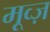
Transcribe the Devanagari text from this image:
मूव्ज़